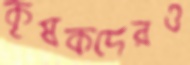
কৃষকদেরও